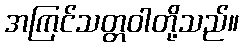
အကြင်သတ္တဝါတို့သည်။